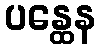
ပန္ထေန